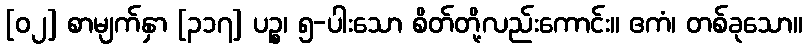
[၀၂] စာမျက်နှာ [၃၁၇] ပဉ္စ၊ ၅-ပါးသော စိတ်တို့လည်းကောင်း။ ဧကံ၊ တစ်ခုသော။